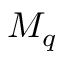
M _ { q }